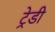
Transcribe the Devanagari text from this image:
ट्रेडी